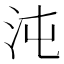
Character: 沌